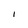
Character: I